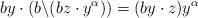
LaTeX: \begin{align*}by\cdot (b\backslash (bz\cdot y^{\alpha}))=(by\cdot z)y^{\alpha}\end{align*}